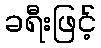
ခရီးဖြင့်